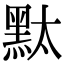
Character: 𪐥